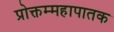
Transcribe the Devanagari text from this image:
प्रोक्तम्महापातक